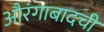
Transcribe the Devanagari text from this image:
औरंगाबादची